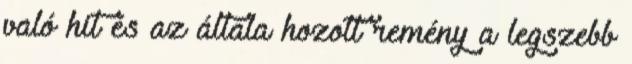
való hit és az általa hozott remény a legszebb